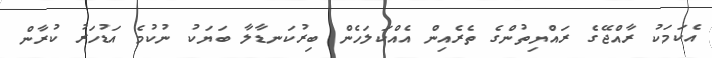
އެކަމަކު ރާއްޖޭގެ ރައްޔިތުންގެ ތެރެއިން އެއްކަލަހެން ބިރުކަނޑާލާ ބަޔަކު ނުކުމެ އަޑުހަރު ކުރާން